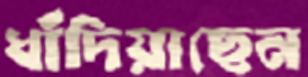
ধাঁদিয়াছেন